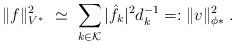
LaTeX: \begin{align*}\Vert f \Vert_{V^*}^2 \ \simeq \ \sum_{k \in {\cal K}} |\hat{f}_k|^2 d_k^{-1}=:\Vert v \Vert_{\phi*}^2\;.\end{align*}